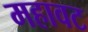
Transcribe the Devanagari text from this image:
महावट